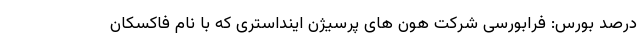
درصد بورس: فرابورسی شرکت هون های پرسیژن اینداستری که با نام فاکسکان